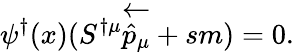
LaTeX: \psi^{\dagger}(x)(S^{\dagger\mu}\overleftarrow{{\hat{p}}_{\mu}}+sm)=0.